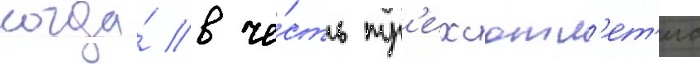
когда́ в че́сть тр'ехсотл'ет'иа